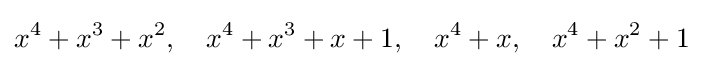
x^{4}+x^{3}+x^{2},\quad x^{4}+x^{3}+x+1,\quad x^{4}+x,\quad x^{4}+x^{2}+1